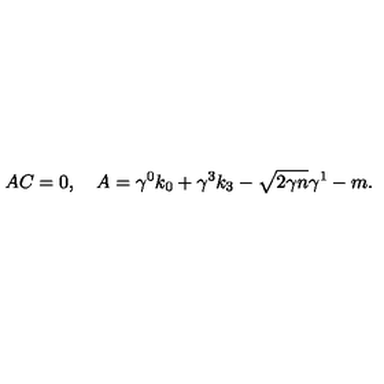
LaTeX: A C = 0 , \quad A = \gamma ^ { 0 } k _ { 0 } + \gamma ^ { 3 } k _ { 3 } - \sqrt { 2 \gamma n } \gamma ^ { 1 } - m .